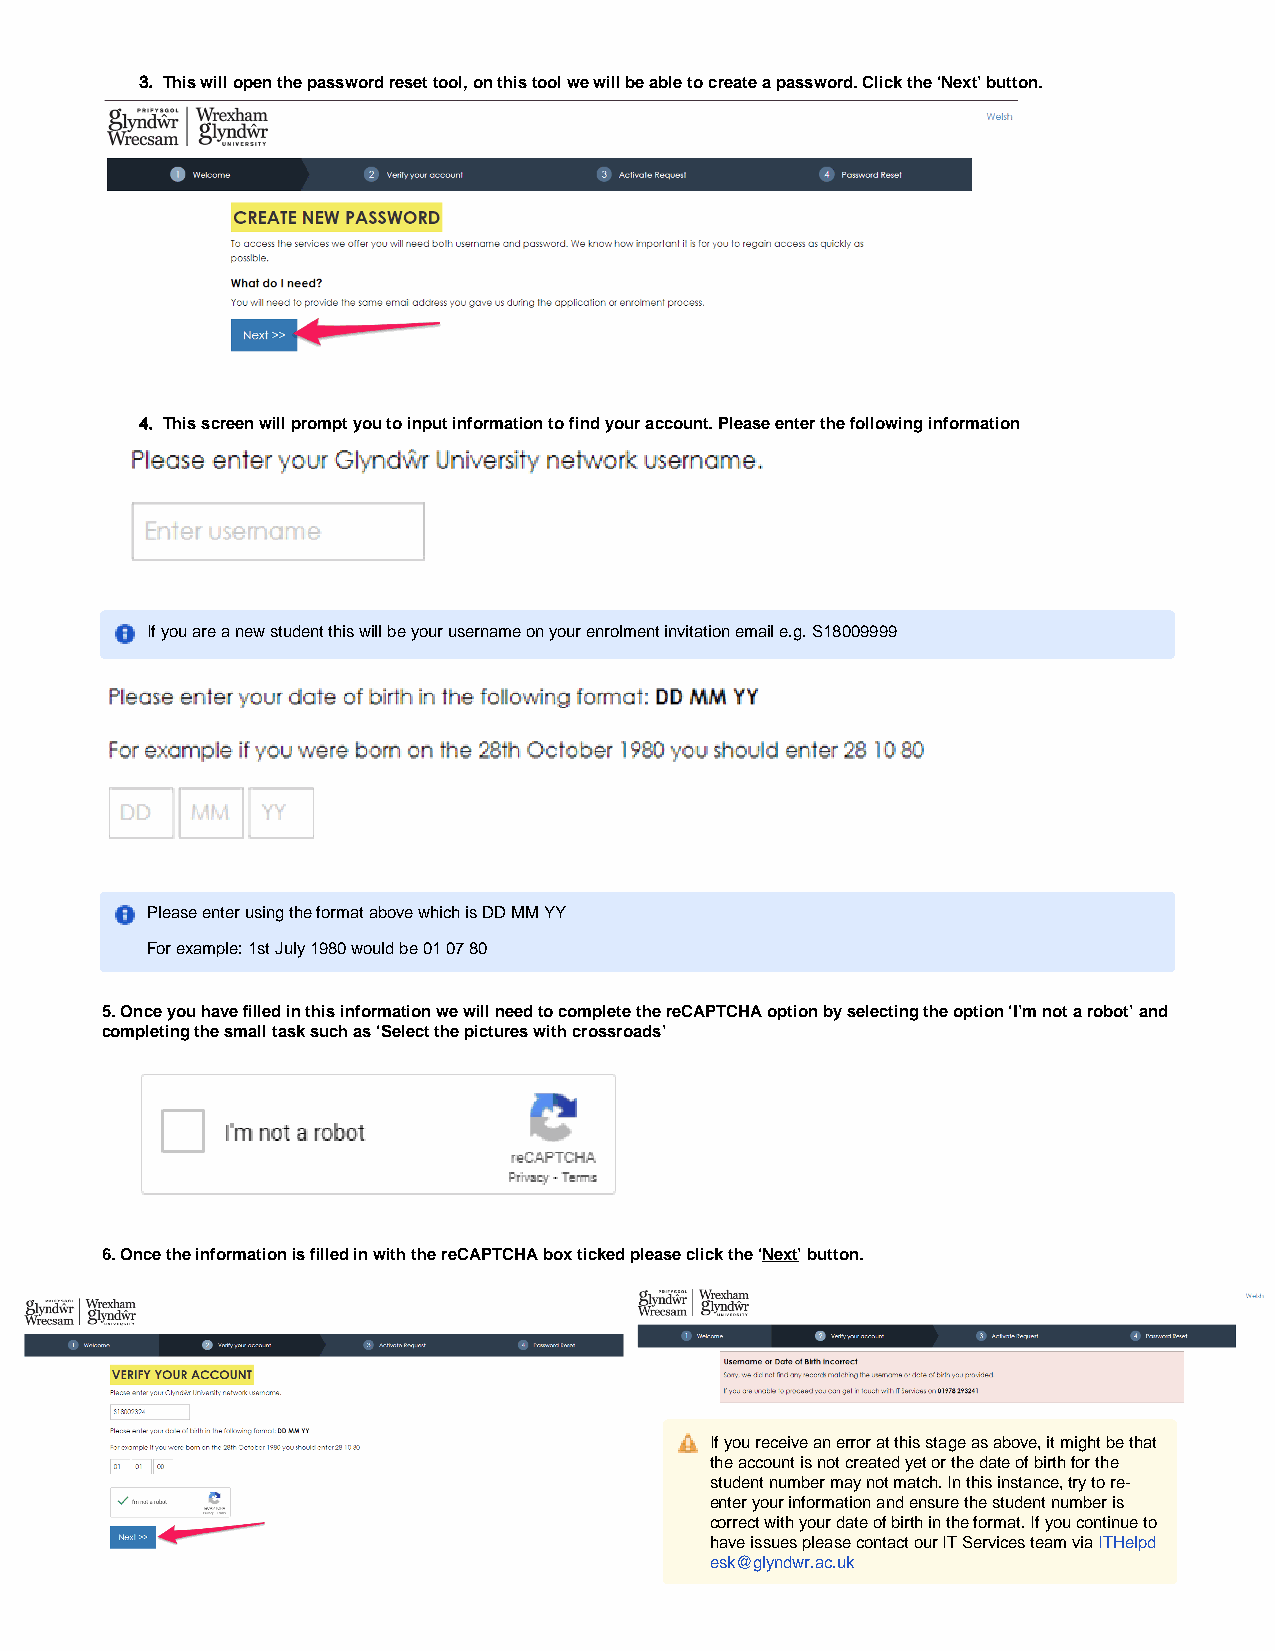
2.
 3. This will open the password reset tool, on this tool we will be able to create a password. Click the ‘Next’ button.
 4. This screen will prompt you to input information to find your account. Please enter the following information
 If you are a new student this will be your username on your enrolment invitation email e.g. S18009999
 Please enter using the format above which is DD MM YY
 For example: 1st July 1980 would be 01 07 80
 5.Once you have filled in this information we will need to complete the reCAPTCHA option by selecting the option ‘I’m not a robot’ and
 completing the small task such as ‘Select the pictures with crossroads’
 6.Once the information is filled in with the reCAPTCHA box ticked please click the ‘Next’ button.
 If you receive an error at this stage as above, it might be that
 the account is not created yet or the date of birth for the
 student number may not match. In this instance, try to re-
 enter your information and ensure the student number is
 correct with your date of birth in the format. If you continue to
 have issues please contact our IT Services team via ITHelpd
 esk@glyndwr.ac.uk